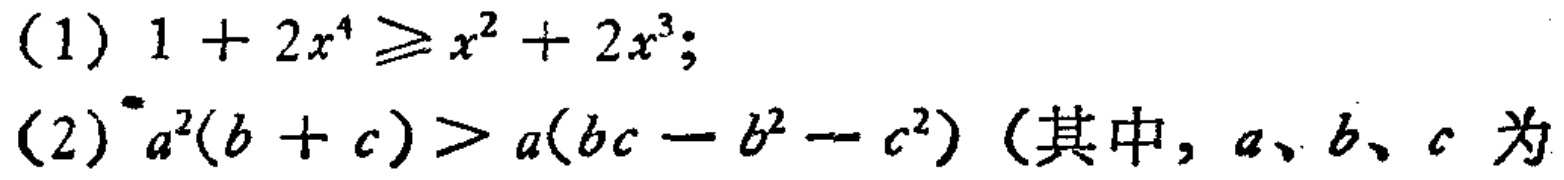
(1) \(1 + 2x^{4}\geqslant x^{2}+2x^{3}\);
(2) \(a^{2}(b + c)>a(bc - b^{2}-c^{2})\)（其中，\(a、b、c\) 为